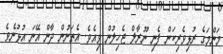
މަންމަގެ ރުޅިވެރިކަން ފެނި ނޫރާލް ޖެހިލުން ވިއެވެ. އެތަނުން ދާން އޭނަ އުޅުނެވެ.